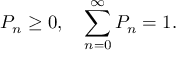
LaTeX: P _ { n } \ge 0 , \quad \sum _ { n = 0 } ^ { \infty } P _ { n } = 1 .